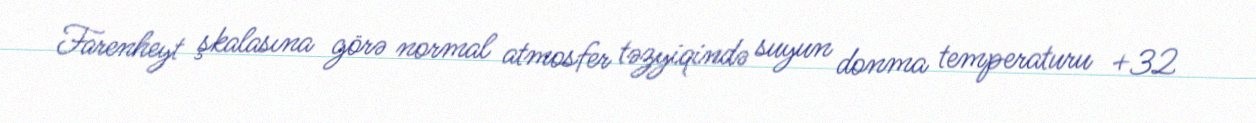
Farenheyt şkalasına görə normal atmosfer təzyiqində suyun donma temperaturu +32